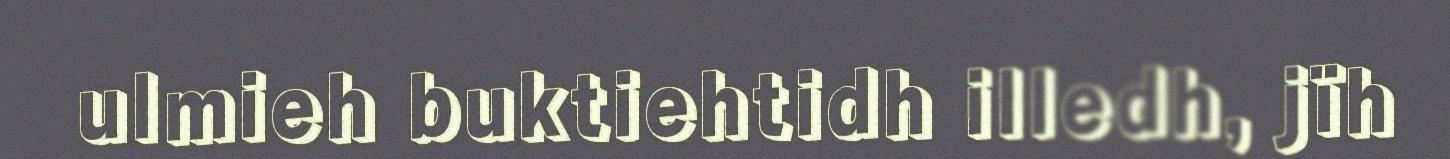
ulmieh buktiehtidh illedh, jïh